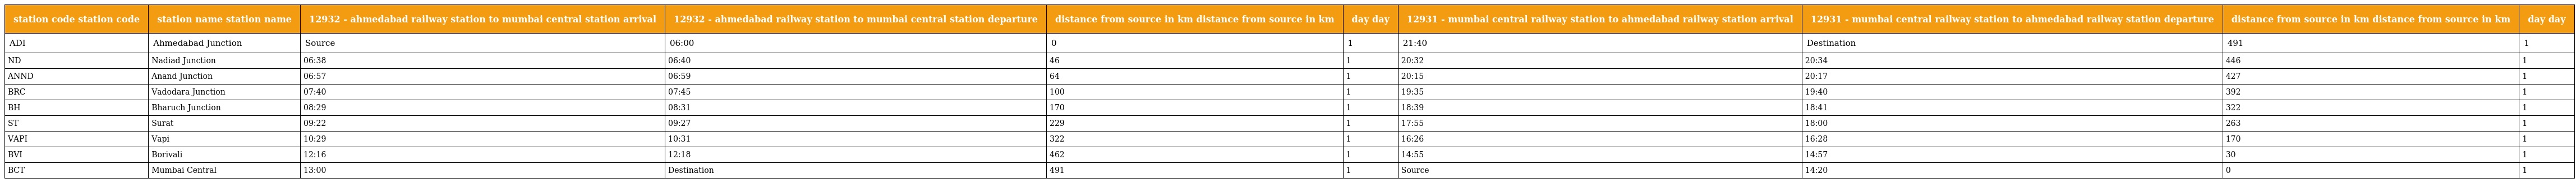
| station code station code | station name station name | 12932 - ahmedabad railway station to mumbai central station arrival | 12932 - ahmedabad railway station to mumbai central station departure | distance from source in km distance from source in km | day day | 12931 - mumbai central railway station to ahmedabad railway station arrival | 12931 - mumbai central railway station to ahmedabad railway station departure | distance from source in km distance from source in km | day day |
 | --- | --- | --- | --- | --- | --- | --- | --- | --- | --- |
 | ADI | Ahmedabad Junction | Source | 06:00 | 0 | 1 | 21:40 | Destination | 491 | 1 |
 | ND | Nadiad Junction | 06:38 | 06:40 | 46 | 1 | 20:32 | 20:34 | 446 | 1 |
 | ANND | Anand Junction | 06:57 | 06:59 | 64 | 1 | 20:15 | 20:17 | 427 | 1 |
 | BRC | Vadodara Junction | 07:40 | 07:45 | 100 | 1 | 19:35 | 19:40 | 392 | 1 |
 | BH | Bharuch Junction | 08:29 | 08:31 | 170 | 1 | 18:39 | 18:41 | 322 | 1 |
 | ST | Surat | 09:22 | 09:27 | 229 | 1 | 17:55 | 18:00 | 263 | 1 |
 | VAPI | Vapi | 10:29 | 10:31 | 322 | 1 | 16:26 | 16:28 | 170 | 1 |
 | BVI | Borivali | 12:16 | 12:18 | 462 | 1 | 14:55 | 14:57 | 30 | 1 |
 | BCT | Mumbai Central | 13:00 | Destination | 491 | 1 | Source | 14:20 | 0 | 1 |